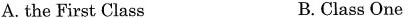
A. the First Class B. Class One